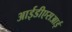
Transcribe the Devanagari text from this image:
आईडीएसआई